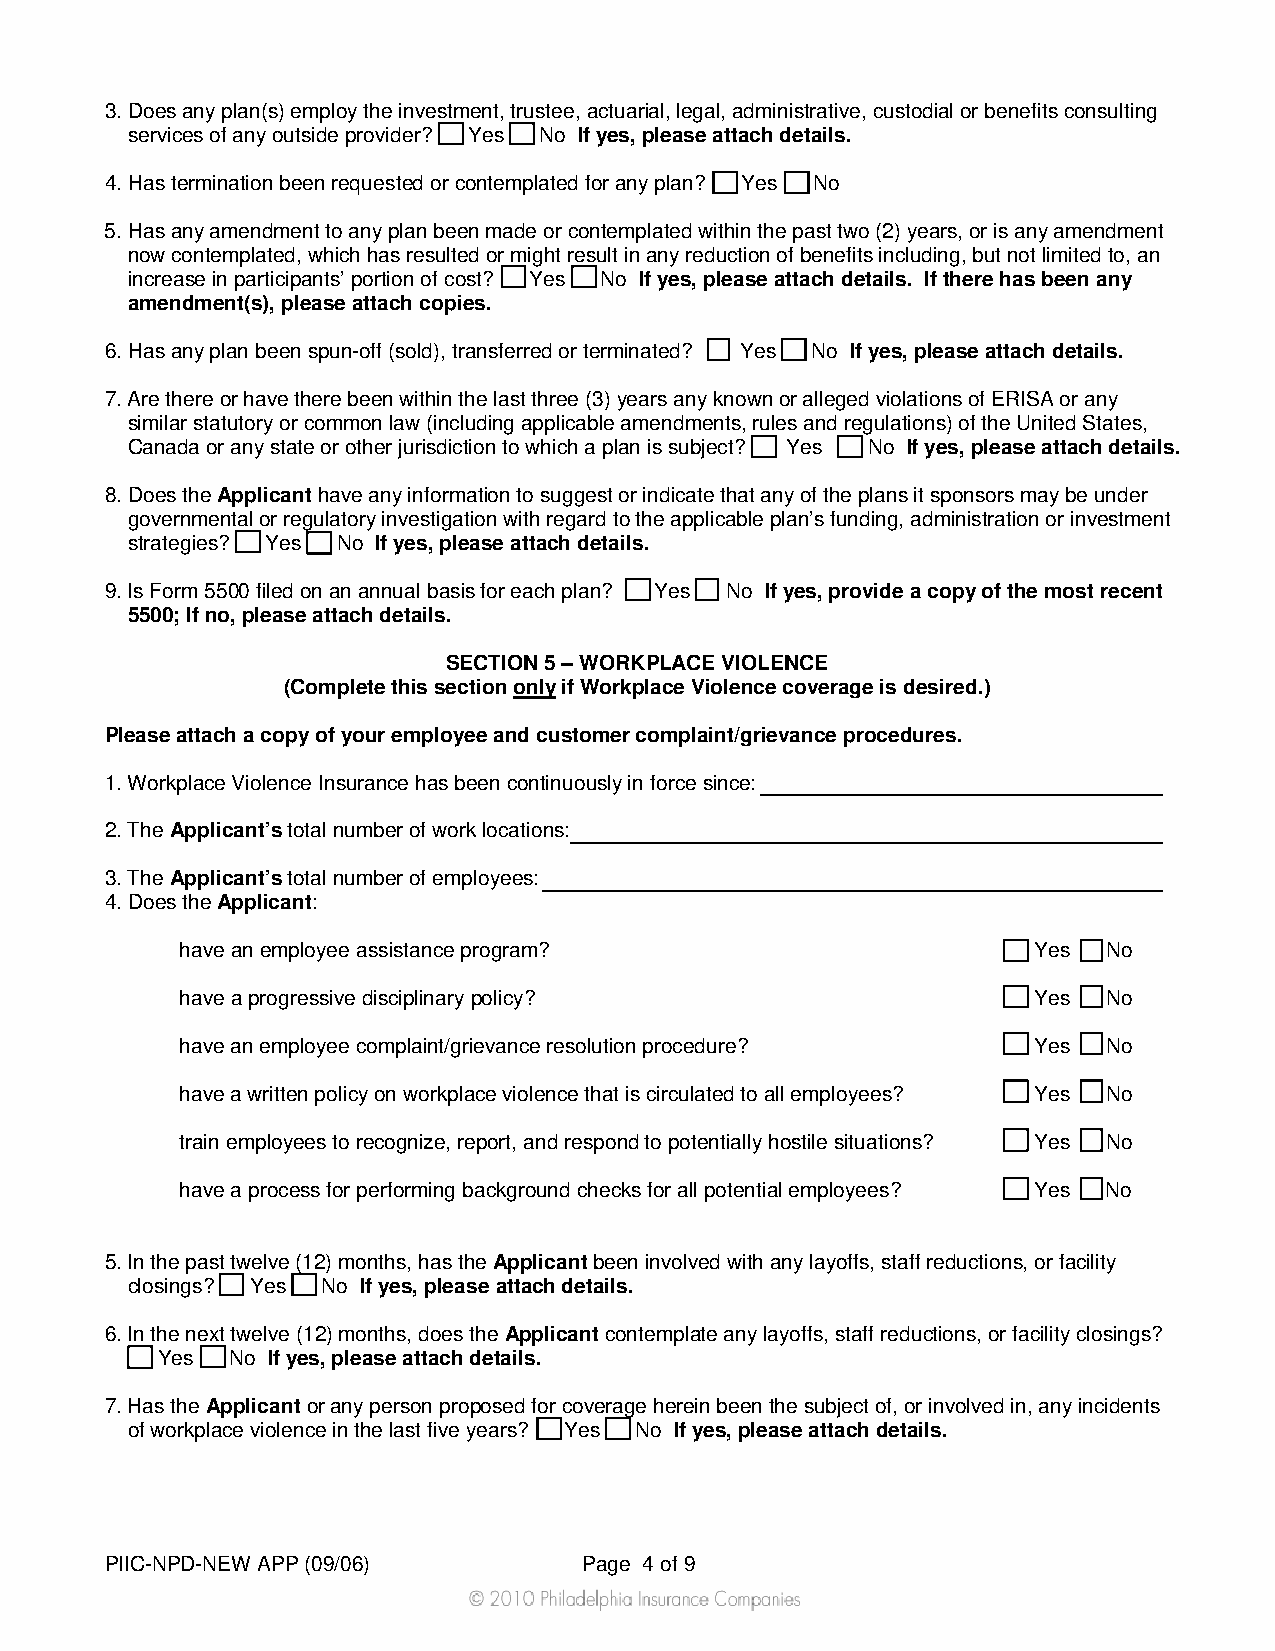
3. Does any plan(s) employ the investment, trustee, actuarial, legal, administrative, custodial or benefits consulting
 services of any outside provider? Yes No If yes, please attach details.
 4. Has termination been requested or contemplated for any plan? Yes No
 5. Has any amendment to any plan been made or contemplated within the past two (2) years, or is any amendment
 now contemplated, which has resulted or might result in any reduction of benefits including, but not limited to, an
 increase in participants’ portion of cost? Yes No If yes, please attach details. If there has been any
 amendment(s), please attach copies.
 6. Has any plan been spun-off (sold), transferred or terminated? Yes No If yes, please attach details.
 7. Are there or have there been within the last three (3) years any known or alleged violations of ERISA or any
 similar statutory or common law (including applicable amendments, rules and regulations) of the United States,
 Canada or any state or other jurisdiction to which a plan is subject? Yes No If yes, please attach details.
 8. Does the Applicant have any information to suggest or indicate that any of the plans it sponsors may be under
 governmental or regulatory investigation with regard to the applicable plan’s funding, administration or investment
 strategies? Yes No If yes, please attach details.
 9. Is Form 5500 filed on an annual basis for each plan? Yes No If yes, provide a copy of the most recent
 5500; If no, please attach details.
 SECTION 5 – WORKPLACE VIOLENCE
 (Complete this section only if Workplace Violence coverage is desired.)
 Please attach a copy of your employee and customer complaint/grievance procedures.
 1. Workplace Violence Insurance has been continuously in force since: _________________________________
 2. The Applicant’s total number of work locations:__________________________________________________
 3. The Applicant’s total number of employees: _____________________________________________________
 4. Does the Applicant:
 have an employee assistance program?                     Yes No
 have a progressive disciplinary policy?                  Yes No
 have an employee complaint/grievance resolution procedure? Yes No
 have a written policy on workplace violence that is circulated to all employees? Yes No
 train employees to recognize, report, and respond to potentially hostile situations? Yes No
 have a process for performing background checks for all potential employees? Yes No
 5. In the past twelve (12) months, has the Applicant been involved with any layoffs, staff reductions, or facility
 closings? Yes No If yes, please attach details.
 6. In the next twelve (12) months, does the Applicant contemplate any layoffs, staff reductions, or facility closings?
 Yes  No If yes, please attach details.
 7. Has the Applicant or any person proposed for coverage herein been the subject of, or involved in, any incidents
 of workplace violence in the last five years? Yes No If yes, please attach details.
 PIIC-NPD-NEW APP (09/06)        Page 4 of 9